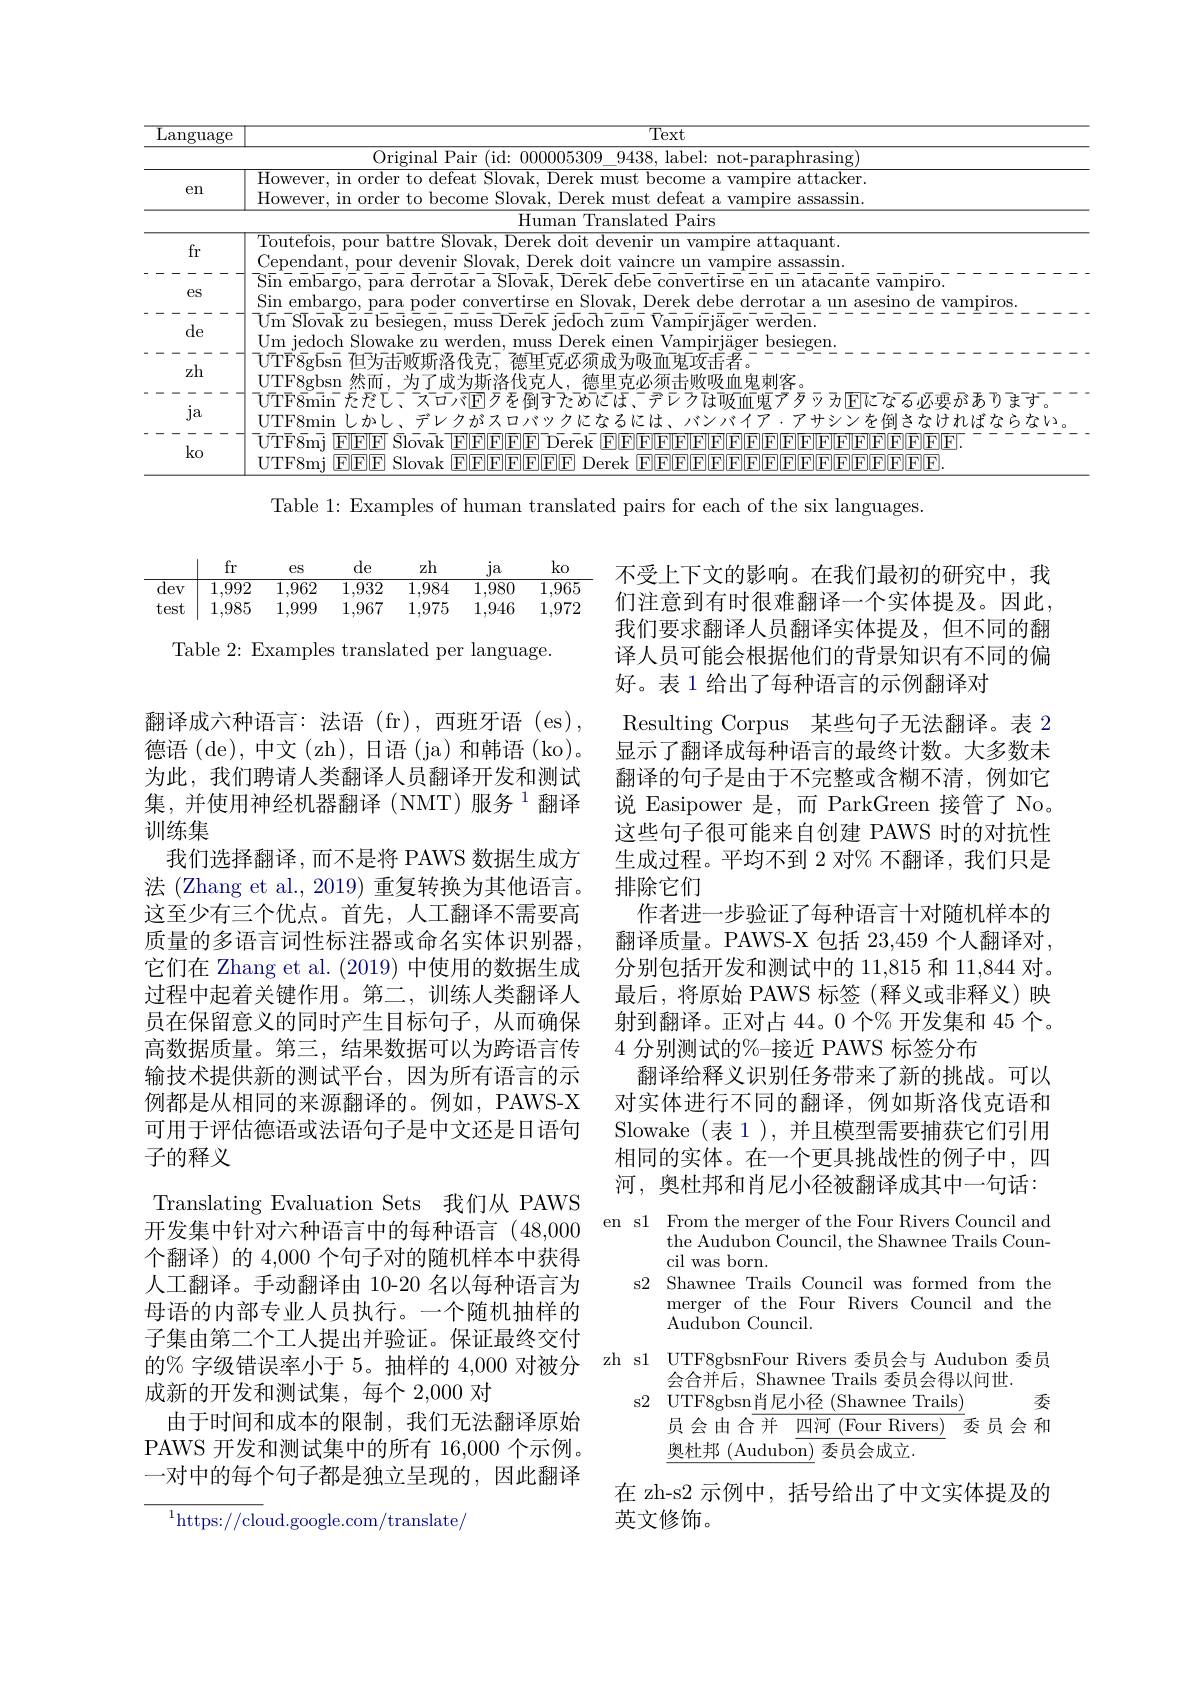
<table>
	<tbody>
		<tr>
			<th>$\overline{\mathrm{Language}}$</th>
			<th>$\overline{\text{Text}}$</th>
		</tr>
		<tr>
			<td> </td>
			<td>Original Pair ( id: 0000005300 94.38 label: not- paraphrasing</td>
		</tr>
		<tr>
			<td>en</td>
			<td>$\overline{\mathrm{However,~in~order~to~defeat}}$ ${\mathrm{~Slovak,}}$ Derek ${\mathrm{:~must~b}}$ become a vampire attacker. However, , in order to become Slovak Derek must $\operatorname{defeat}$ $a$ $\operatorname{vampire}$ ${\mathrm{assassin}}.$</td>
		</tr>
		<tr>
			<td> </td>
			<td>${\overline{{\text{Human Translated Pairs}}}}$</td>
		</tr>
		<tr>
			<td>fr - 一 $eS$</td>
			<td>$T$outefois, pour battre Slovak, Derek doit devenir un vampire attaquant. Sin embargo, para derrotar a Slovak, Derek debe convertirse en un atacante vampiro. Cependant, pour devenir Slovak, Derek doit vaincre un vampire assassin. Sin embargo, p para poder :convertirse $\textbf{Slovak}.$ Derek debe derrotar a un asesino de vampiros.</td>
		</tr>
		<tr>
			<td>zh - - - ja</td>
			<td>UTF8gbsn 然而，为了成为斯洛伐克人，德里克必须击败吸血鬼刺客。父击者 $\bar{U}\bar{T}\bar{F}\bar{8}\bar{m}\bar{\mathrm{in}}^{-}\bar{F}\bar{F}\bar{T}.$ マーテバ$\mathbb{E}$万を倒すためにほ、デレクほ吸血鬼アタッカ$\mathbb{E}$になる必要があります。ITF8min</td>
		</tr>
	</tbody>
</table>

Table 1: Examples of human translated pairs for each of the six languages.

de

zh

$fr$

$ja$

ko

es

$\begin{array}{c|cccccc}\hline\text{dev}&1,992&1,962&1,932&1,984&1,980&1,965\end{array}$

test 1,985

1,999

1,967

1,975

1,972

1,946

Table 2: Examples translated per language.

不受上下文的影响。在我们最初的研究中，我们注意到有时很难翻译一个实体提及。因此， 我们要求翻译人员翻译实体提及，但不同的翻译人员可能会根据他们的背景知识有不同的偏好。表 1 给出了每种语言的示例翻译对
Resulting Corpus 某些句子无法翻译。表 2显示了翻译成每种语言的最终计数。大多数未翻译的句子是由于不完整或含糊不清，例如它说 Easipower 是，而 ParkGreen 接管了 No。这些句子很可能来自创建 PAWS 时的对抗性生成过程。平均不到 2 对% 不翻译，我们只是排除它们
作者进一步验证了每种语言十对随机样本的翻译质量。PAWS-X 包括 23,459 个人翻译对， 分别包括开发和测试中的 11,815 和 11,844 对。最后，将原始 PAWS 标签(释义或非释义)映射到翻译。正对占 44。0 个% 开发集和 45 个。4分别测试的%-接近 PAWS 标签分布
翻译给释义识别任务带来了新的挑战。可以对实体进行不同的翻译，例如斯洛伐克语和Slowake (表 1 ), 并且模型需要捕获它们引用相同的实体。在一个更具挑战性的例子中，四河，奥杜邦和肖尼小径被翻译成其中一句话：

翻译成六种语言：法语(fr),西班牙语(es), 德语 (de), 中文 (zh), 日语 (ja) 和韩语 (ko)。为此，我们聘请人类翻译人员翻译开发和测试集，并使用神经机器翻译(NMT)服务$^{1}$翻译训练集
我们选择翻译，而不是将 PAWS 数据生成方法 (Zhang et al.,2019) 重复转换为其他语言。这至少有三个优点。首先，人工翻译不需要高质量的多语言词性标注器或命名实体识别器， 它们在 Zhang et al. (2019) 中使用的数据生成过程中起着关键作用。第二，训练人类翻译人员在保留意义的同时产生目标句子，从而确保高数据质量。第三，结果数据可以为跨语言传输技术提供新的测试平台，因为所有语言的示例都是从相同的来源翻译的。例如，PAWS-X 可用于评估德语或法语句子是中文还是日语句子的释义
Translating Evaluation Sets 我们从 PAWS
开发集中针对六种语言中的每种语言(48,000 en s1 From the merger of the Four Rivers Council and
个翻译)的 4,000 个句子对的随机样本中获得人工翻译。手动翻译由 10-20 名以每种语言为母语的内部专业人员执行。一个随机抽样的子集由第二个工人提出并验证。保证最终交付的% 字级错误率小于 5。抽样的 4,000 对被分成新的开发和测试集，每个 2,000 对
由于时间和成本的限制，我们无法翻译原始PAWS 开发和测试集中的所有 16,000 个示例。一对中的每个句子都是独立呈现的，因此翻译
$^1$https://cloud.google.com/translate/

the Audubon Council, the Shawnee Trails Coun-
cil was born.
s2 Shawnee Trails Council was formed from the
merger of the Four Rivers Council and the
Audubon Council.
zh s1 UTF8gbsnFour Rivers 委员会与 Audubon 委员
会合并后，Shawnee Trails 委员会得以间世.
s2 UTF8gbsn肖尼小径 (Shawnee Trails)
委
员会由合并 四河 (Four Rivers) 委员会和
奥杜邦 (Audubon) 委员会成立

在 zh-s2 示例中，括号给出了中文实体提及的
英文修饰。